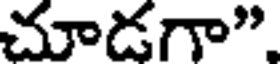
చూడగా"